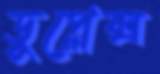
ডুপ্লেক্স